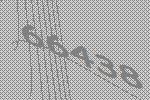
66438